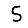
Digit: 5